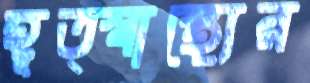
হূত্স্বাস্থ্যের